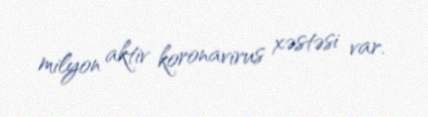
milyon aktiv koronavirus xəstəsi var.